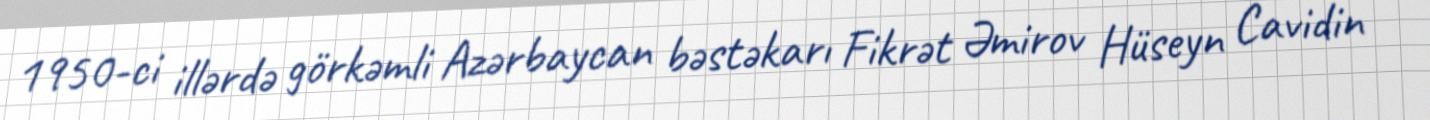
1950-ci illərdə görkəmli Azərbaycan bəstəkarı Fikrət Əmirov Hüseyn Cavidin